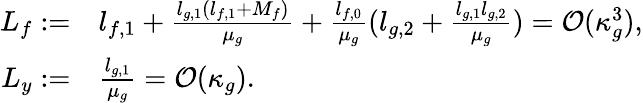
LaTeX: \begin{array}{rl}{L_{f}:=}&{l_{f,1}+\frac{l_{g,1}(l_{f,1}+M_{f})}{\mu_{g}}+\frac{l_{f,0}}{\mu_{g}}(l_{g,2}+\frac{l_{g,1}l_{g,2}}{\mu_{g}})=\mathcal{O}(\kappa_{g}^{3}),}\\ {L_{y}:=}&{\frac{l_{g,1}}{\mu_{g}}=\mathcal{O}(\kappa_{g}).}\end{array}